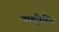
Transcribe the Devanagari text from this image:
ऋतूंपैकी